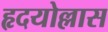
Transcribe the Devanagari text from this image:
हृदयोल्लास